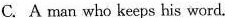
C.A man who keeps his word.